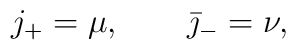
j_+ = \mu, \qquad \bar \jmath_- = \nu,